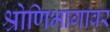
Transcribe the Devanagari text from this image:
श्रोणिभागावर